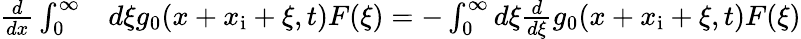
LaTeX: \begin{array}{rl}{\frac{d}{dx}\int_{0}^{\infty}}&{{}d\xi g_{0}(x+x_{\mathrm{i}}+\xi,t)F(\xi)=-\int_{0}^{\infty}d\xi\frac{d}{d\xi}g_{0}(x+x_{\mathrm{i}}+\xi,t)F(\xi)}\end{array}